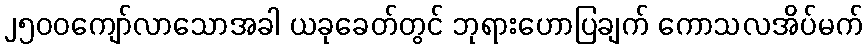
၂၅၀၀ကျော်လာသောအခါ ယခုခေတ်တွင် ဘုရားဟောပြချက် ကောသလအိပ်မက်